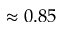
\approx 0 . 8 5